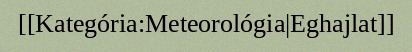
[[Kategória:Meteorológia|Eghajlat]]